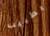
بطبيب